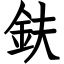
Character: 鈇